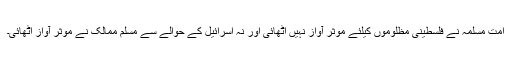
امت مسلمہ نے فلسطینی مظلوموں کیلئے موثر آواز نہیں اٹھائی اور نہ اسرائیل کے حوالے سے مسلم ممالک نے مؤثر آواز اُٹھائی۔